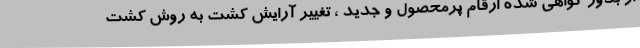
از بذور گواهی شده ارقام پرمحصول و جدید ، تغییر آرایش کشت به روش کشت